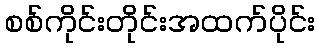
စစ်ကိုင်းတိုင်းအထက်ပိုင်း